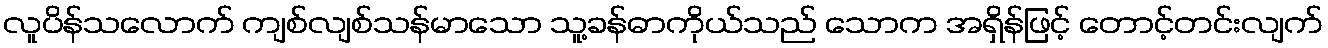
လူပိန်သလောက် ကျစ်လျစ်သန်မာသော သူ့ခန်ဓာကိုယ်သည် သောက အရှိန်ဖြင့် တောင့်တင်းလျက်